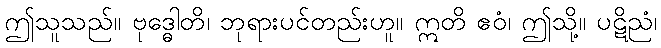
ဤသူသည်။ ဗုဒ္ဓေါတိ၊ ဘုရားပင်တည်းဟူ။ ဣတိ ဧဝံ၊ ဤသို့။ ပဋိညံ၊